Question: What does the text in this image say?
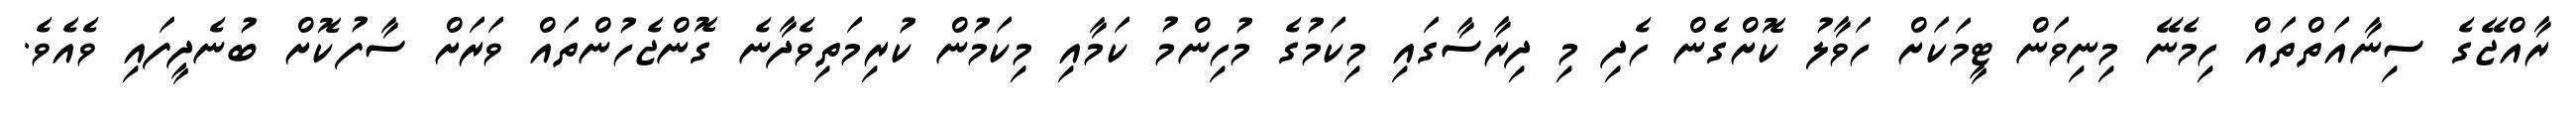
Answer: ރާއްޖޭގެ ސިނާއަތްތައް ހިމެނޭ މިނިވަން ޓީމަކަށް ހަވާލު ކޮށްގެން ހެދި މި ދިރާސާގައި މިކަމުގެ މުހިންމު ކަމާއި މިކަމުން ކުރިމަތިވެދާނެ ގޮންޖެހުންތައް ވަރަށް ސާފުކޮށް ބުނެދީފައި ވެއެވެ.